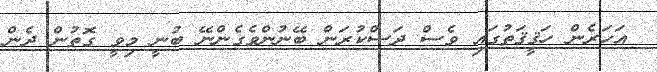
އަހަރެން ހަޤީޤަތުގައި ވެސް ދަސްކުރަން ބޭނުންވެގެންނޭ ބުނީ މިވީ ގޮތުން ދެން